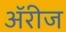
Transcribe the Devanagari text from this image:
ॲरीज